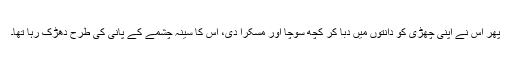
پھر اس نے اپنی چھڑی کو دانتوں میں دبا کر کچھ سوچا اور مسکرا دی، اس کا سینہ چشمے کے پانی کی طرح دھڑک رہا تھا۔